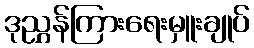
ဒုညွှန်ကြားရေးမှူးချုပ်